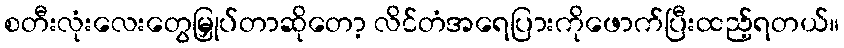
စတီးလုံးလေးတွေမြှုပ်တာဆိုတော့ လိင်တံအရေပြားကိုဖောက်ပြီးထည့်ရတယ်။